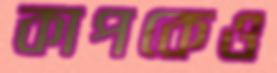
কাপকেও